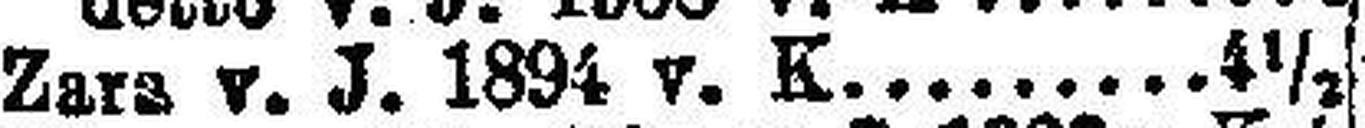
Zara v. J. 1894 v. K. 4½